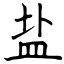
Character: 盐